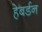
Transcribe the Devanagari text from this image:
हेबर्डन